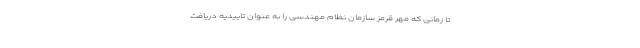
تا زمانی که مهر قرمز سازمان نظام مهندسی را به عنوان تاییدیه دریافت